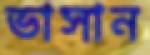
ভাসান